Proceedings of the meeting of veterinary officers in India
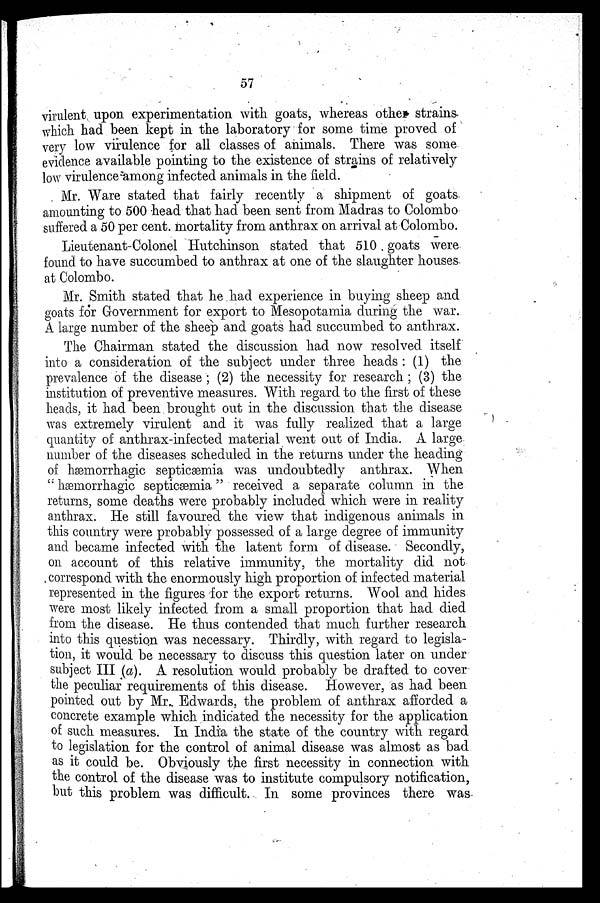
57
virulent upon experimentation with goats, whereas other strains
which had been kept in the laboratory for some time proved of
very low virulence for all classes of animals. There was some
evidence available pointing to the existence of strains of relatively
low virulence among infected animals in the field.
Mr. Ware stated that fairly recently a shipment of goats
amounting to 500 head that had been sent from Madras to Colombo
suffered a 50 per cent. mortality from anthrax on arrival at Colombo.
Lieutenant-Colonel Hutchinson stated that 510 goats were
found to have succumbed to anthrax at one of the slaughter houses
at Colombo.
Mr. Smith stated that he had experience in buying sheep and
goats for Government for export to Mesopotamia during the war.
A large number of the sheep and goats had succumbed to anthrax.
The Chairman stated the discussion had now resolved itself
into a consideration of the subject under three heads: (1) the
prevalence of the disease; (2) the necessity for research; (3) the
institution of preventive measures. With regard to the first of these
heads, it had been brought out in the discussion that the disease
was extremely virulent and it was fully realized that a large
quantity of anthrax-infected material went out of India. A large
number of the diseases scheduled in the returns under the heading
of hæmorrhagic septicæmia was undoubtedly anthrax. When
"hæmorrhagic septicæmia" received a separate column in the
returns, some deaths were probably included which were in reality
anthrax. He still favoured the view that indigenous animals in
this country were probably possessed of a large degree of immunity
and became infected with the latent form of disease. Secondly,
on account of this relative immunity, the mortality did not
correspond with the enormously high proportion of infected material
represented in the figures for the export returns. Wool and hides
were most likely infected from a small proportion that had died
from the disease. He thus contended that much further research
into this question was necessary. Thirdly, with regard to legisla-
tion, it would be necessary to discuss this question later on under
subject III (a). A resolution would probably be drafted to cover
the peculiar requirements of this disease. However, as had been
pointed out by Mr. Edwards, the problem of anthrax afforded a
concrete example which indicated the necessity for the application
of such measures. In India the state of the country with regard
to legislation for the control of animal disease was almost as bad
as it could be. Obviously the first necessity in connection with
the control of the disease was to institute compulsory notification,
but this problem was difficult. In some provinces there was